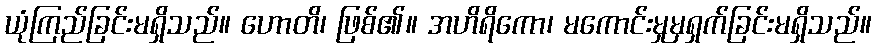
ယုံကြည်ခြင်းမရှိသည်။ ဟောတိ၊ ဖြစ်၏။ အဟိရိကော၊ မကောင်းမှုမှရှက်ခြင်းမရှိသည်။